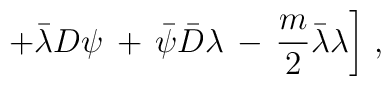
\left. + {\bar\lambda}D \psi \,+\,  {\bar\psi}{\bar D} \lambda \,-\,\frac{m}{2}{\bar\lambda}\lambda \right]\,,